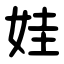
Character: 娃